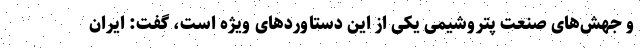
و جهش‌های صنعت پتروشیمی یکی از این دستاوردهای ویژه است، گفت: ایران